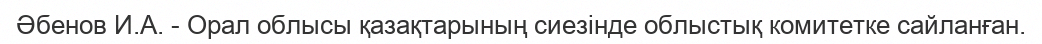
Әбенов И.А. - Орал облысы қазақтарының сиезінде облыстық комитетке сайланған.